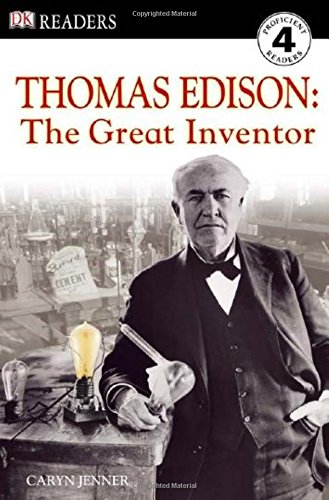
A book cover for DK Readers L4: Thomas Edison: the Great Inventor; Caryn Jenner; Children's Books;